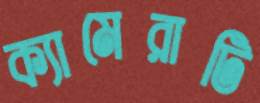
ক্যামেরাটি